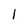
Character: 1